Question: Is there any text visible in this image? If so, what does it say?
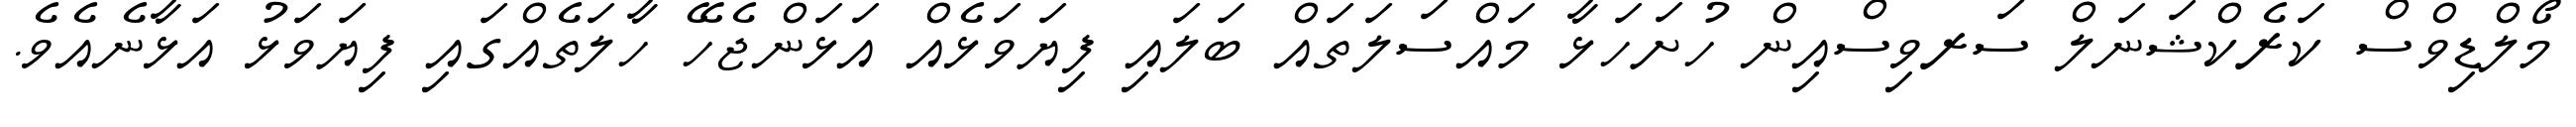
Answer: މޯލްޑިވްސް ކަރެކްޝަނަލް ސަރވިސްއިން ހުށަހަޅާ މައްސަލަތައް ބަލައި ފިޔަވަޅެއް އަޅަންޖެހޭ ހާލަތެއްގައި ފިޔަވަޅު އަޅާނެއެވެ.